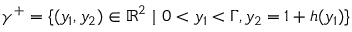
\gamma ^ { + } = \lbrace ( y _ { 1 } , y _ { 2 } ) \in \mathbb { R } ^ { 2 } \ \vert \ 0 < y _ { 1 } < \Gamma , y _ { 2 } = 1 + h ( y _ { 1 } ) \rbrace